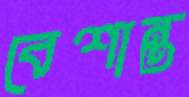
বেশান্ত